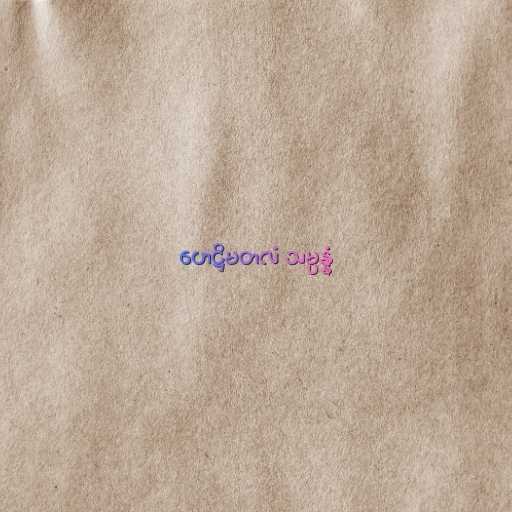
ဟေဋ္ဌိမတလံ သမ္ပန္နံ